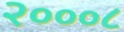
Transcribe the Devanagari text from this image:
२०००८